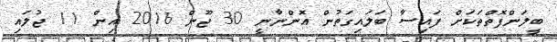
ބީލަންފޮތްތަކަށް ފައިސާ ބަލައިގަތުން އޮންނާނީ 30 ޖޫން 2016 އިން 11 ޖުލައި